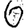
Digit: 6